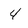
Character: 4